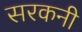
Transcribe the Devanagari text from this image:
सरकनी